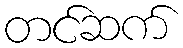
တင်ဆက်